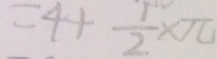
= 4 + \frac { 1 } { 2 } \times \pi